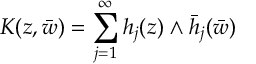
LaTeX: { \cal K } ( z , \bar { w } ) = \sum _ { j = 1 } ^ { \infty } h _ { j } ( z ) \wedge \bar { h } _ { j } ( \bar { w } )